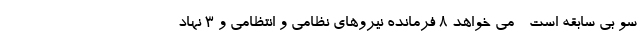
سو بی سابقه است - می خواهد 8 فرمانده نیروهای نظامی و انتظامی و 3 نهاد